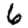
Digit: 6